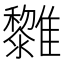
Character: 𩁟